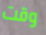
وقت